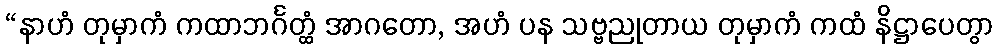
“နာဟံ တုမှာကံ ကထာဘင်္ဂတ္ထံ အာဂတော, အဟံ ပန သဗ္ဗညုတာယ တုမှာကံ ကထံ နိဋ္ဌာပေတွာ